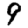
Digit: 9